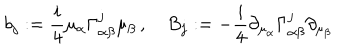
b _ { j } : = \frac { i } { 4 } \mu _ { \alpha } \Gamma _ { \alpha \beta } ^ { j } \mu _ { \beta } \, , \quad B _ { j } : = - \frac { i } { 4 } \partial _ { \mu _ { \alpha } } \Gamma _ { \alpha \beta } ^ { j } \partial _ { \mu _ { \beta } }